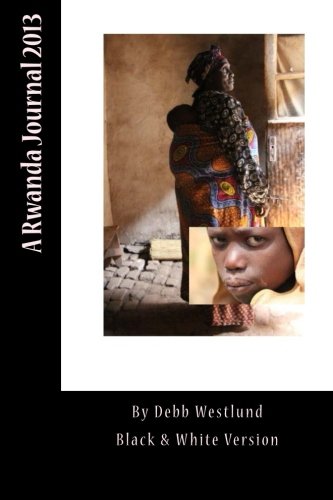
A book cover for A Rwanda Journal 2013: Black & White Version; Debb Westlund; Travel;